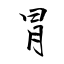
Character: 冐